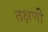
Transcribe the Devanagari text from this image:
तक्षणी